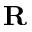
\mathbf { R }